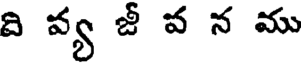
ది వ్య జీ వ న ము